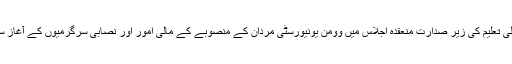
جمعہ کے روز پشاور میں معاون خصوصی اعلیٰ تعلیم کی زیر صدارت منعقدہ اجلاس میں وومن یونیورسٹی مردان کے منصوبے کے مالی امور اور نصابی سرگرمیوں کے آغاز سمیت مختلف امور پر سیرحاصل گفتگو کی گئی۔